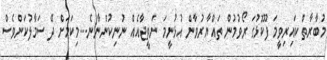
މުބާރާތް ކައިރިވީމަ ފޫކޮޅުގަ ރޯވުމުން ތައްޔާރުވާން އުޅުނީމަ ނަތީޖާއެއް ނުނިކުންނާނެ....މިކަމަށް ދޭ ސަމާލުކަންވެސް